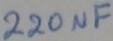
Text: 220µF